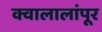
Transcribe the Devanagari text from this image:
क्वालालांपूर